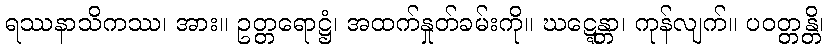
ရဿနာသိကဿ၊ အား။ ဥတ္တရောဋ္ဌံ၊ အထက်နှုတ်ခမ်းကို။ ဃဋ္ဋေန္တာ၊ ကုန်လျက်။ ပဝတ္တန္တိ၊